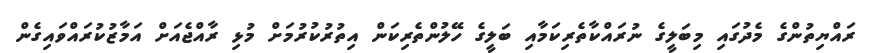
ރައްޔިތުންގެ މެދުގައި މިބަލީގެ ނުރައްކާތެރިކަމާއި ބަލީގެ ހޭލުންތެރިކަން އިތުރުކުރުމަށް މުޅި ރާއްޖެއަށް އަމާޒުކުރައްވައިގެން